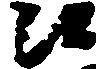
候